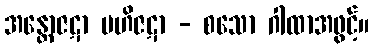
အန္တောဇဋာ ဗဟိဇဋာ - စသော ဂါထာအဖွင့်။